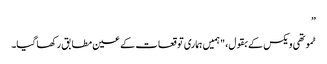
”
ٹموتھی ویکس کے بقول، "ہمیں ہماری توقعات کے عین مطابق رکھا گیا۔